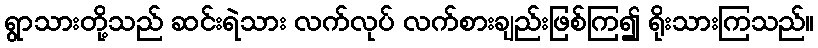
ရွာသားတို့သည် ဆင်းရဲသား လက်လုပ် လက်စားချည်းဖြစ်ကြ၍ ရိုးသားကြသည်။